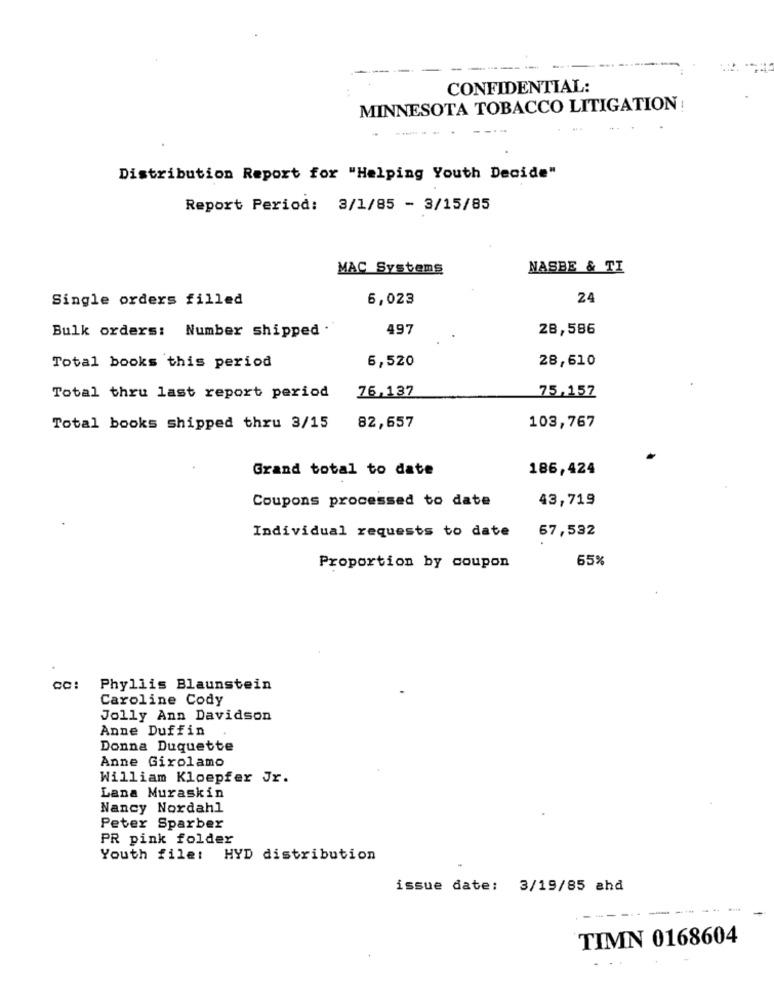
CONFIDENTIAL:
MINNESOTA TOBACCO LITIGATION!
Distribution Report for "Helping Youth Decide"
Report Period: 3/1/85 - 3/15/85
MAC Systems
NASBE & TI
Single orders filled
6,023
24
Bulk orders: Number shipped .
497
28,586
6,520
28,610
Total books this period
76,137
Total thru last report period
75,157
Total books shipped thru 3/15
82,657
103,767
Grand total to date
186,424
Coupons processed to date
43,719
Individual requests to date
67,532
65%
Proportion by coupon
Phyllis Blaunstein
Caroline Cody
Jolly Ann Davidson
Anne Duffin
Donna Duquette
Anne Girolamo
William Kloepfer Jr.
Lana Muraskin
Nancy Nordahl
Peter Sparber
PR pink folder
Youth file: HYD distribution
issue date: 3/19/85 ahd
TIMN 0168604